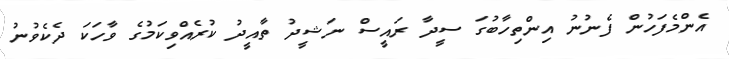
އެންމެފަހުން ފެނުނު އިންތިހާބުގަ ސީދާ ރައީސް ނަޝީދު ތާއީދު ކުރެއްވިކަމުގެ ވާހަކަ ދެކެވުނު